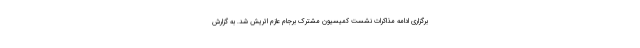
برگزاری ادامه مذاکرات نشست کمیسیون مشترک برجام عازم اتریش شد. به گزارش